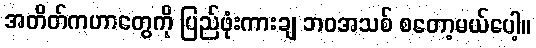
အတိတ်ကဟာတွေကို ပြည်ဖုံးကားချ ဘဝအသစ် စတော့မယ်ပေါ့။